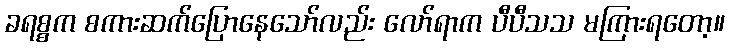
ခရစ္စက စကားဆက်ပြောနေသော်လည်း လော်ရာက ပီပီသသ မကြားရတော့။